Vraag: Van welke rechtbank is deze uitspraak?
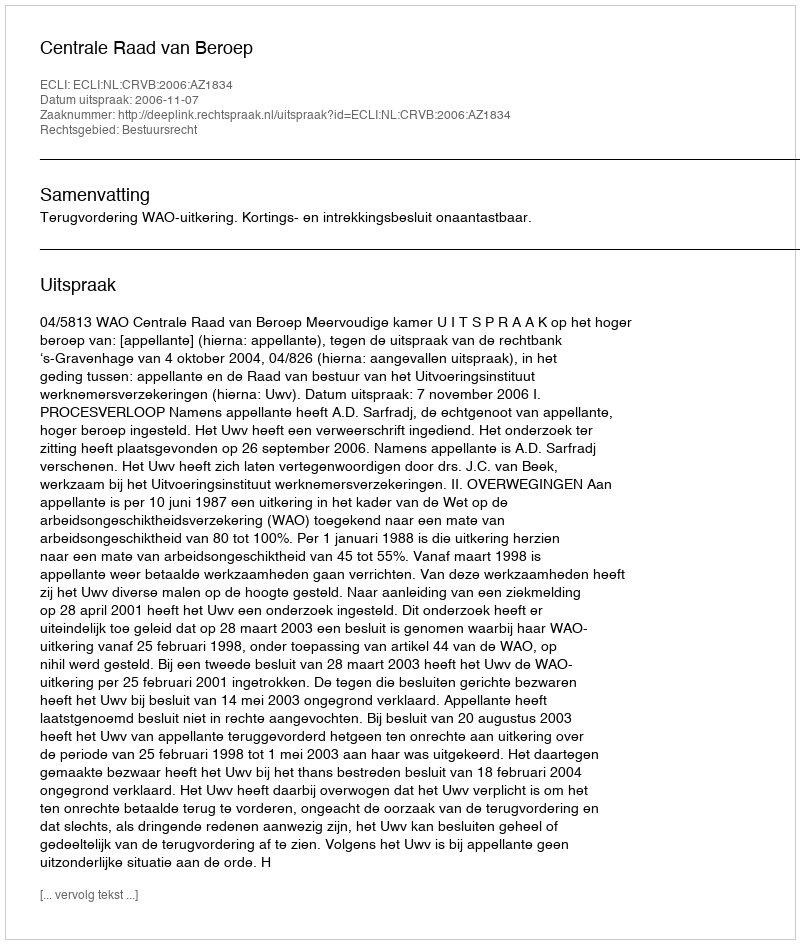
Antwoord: Centrale Raad van Beroep